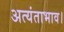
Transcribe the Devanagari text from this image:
अत्यंताभाव।